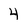
Character: 4